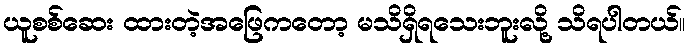
ယူစစ်ဆေး ထားတဲ့အဖြေကတော့ မသိရှိရသေးဘူးလို့ သိရပါတယ်။